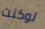
لوكنت